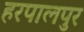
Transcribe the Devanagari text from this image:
हरपालपुर